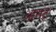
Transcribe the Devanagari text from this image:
आसट